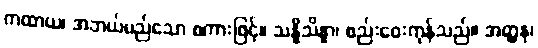
ကထာယ၊ အဘယ်မည်သော စကားဖြင့်။ သန္နိသိန္နာ၊ စည်းဝေးကုန်သည်။ အတ္ထနု၊